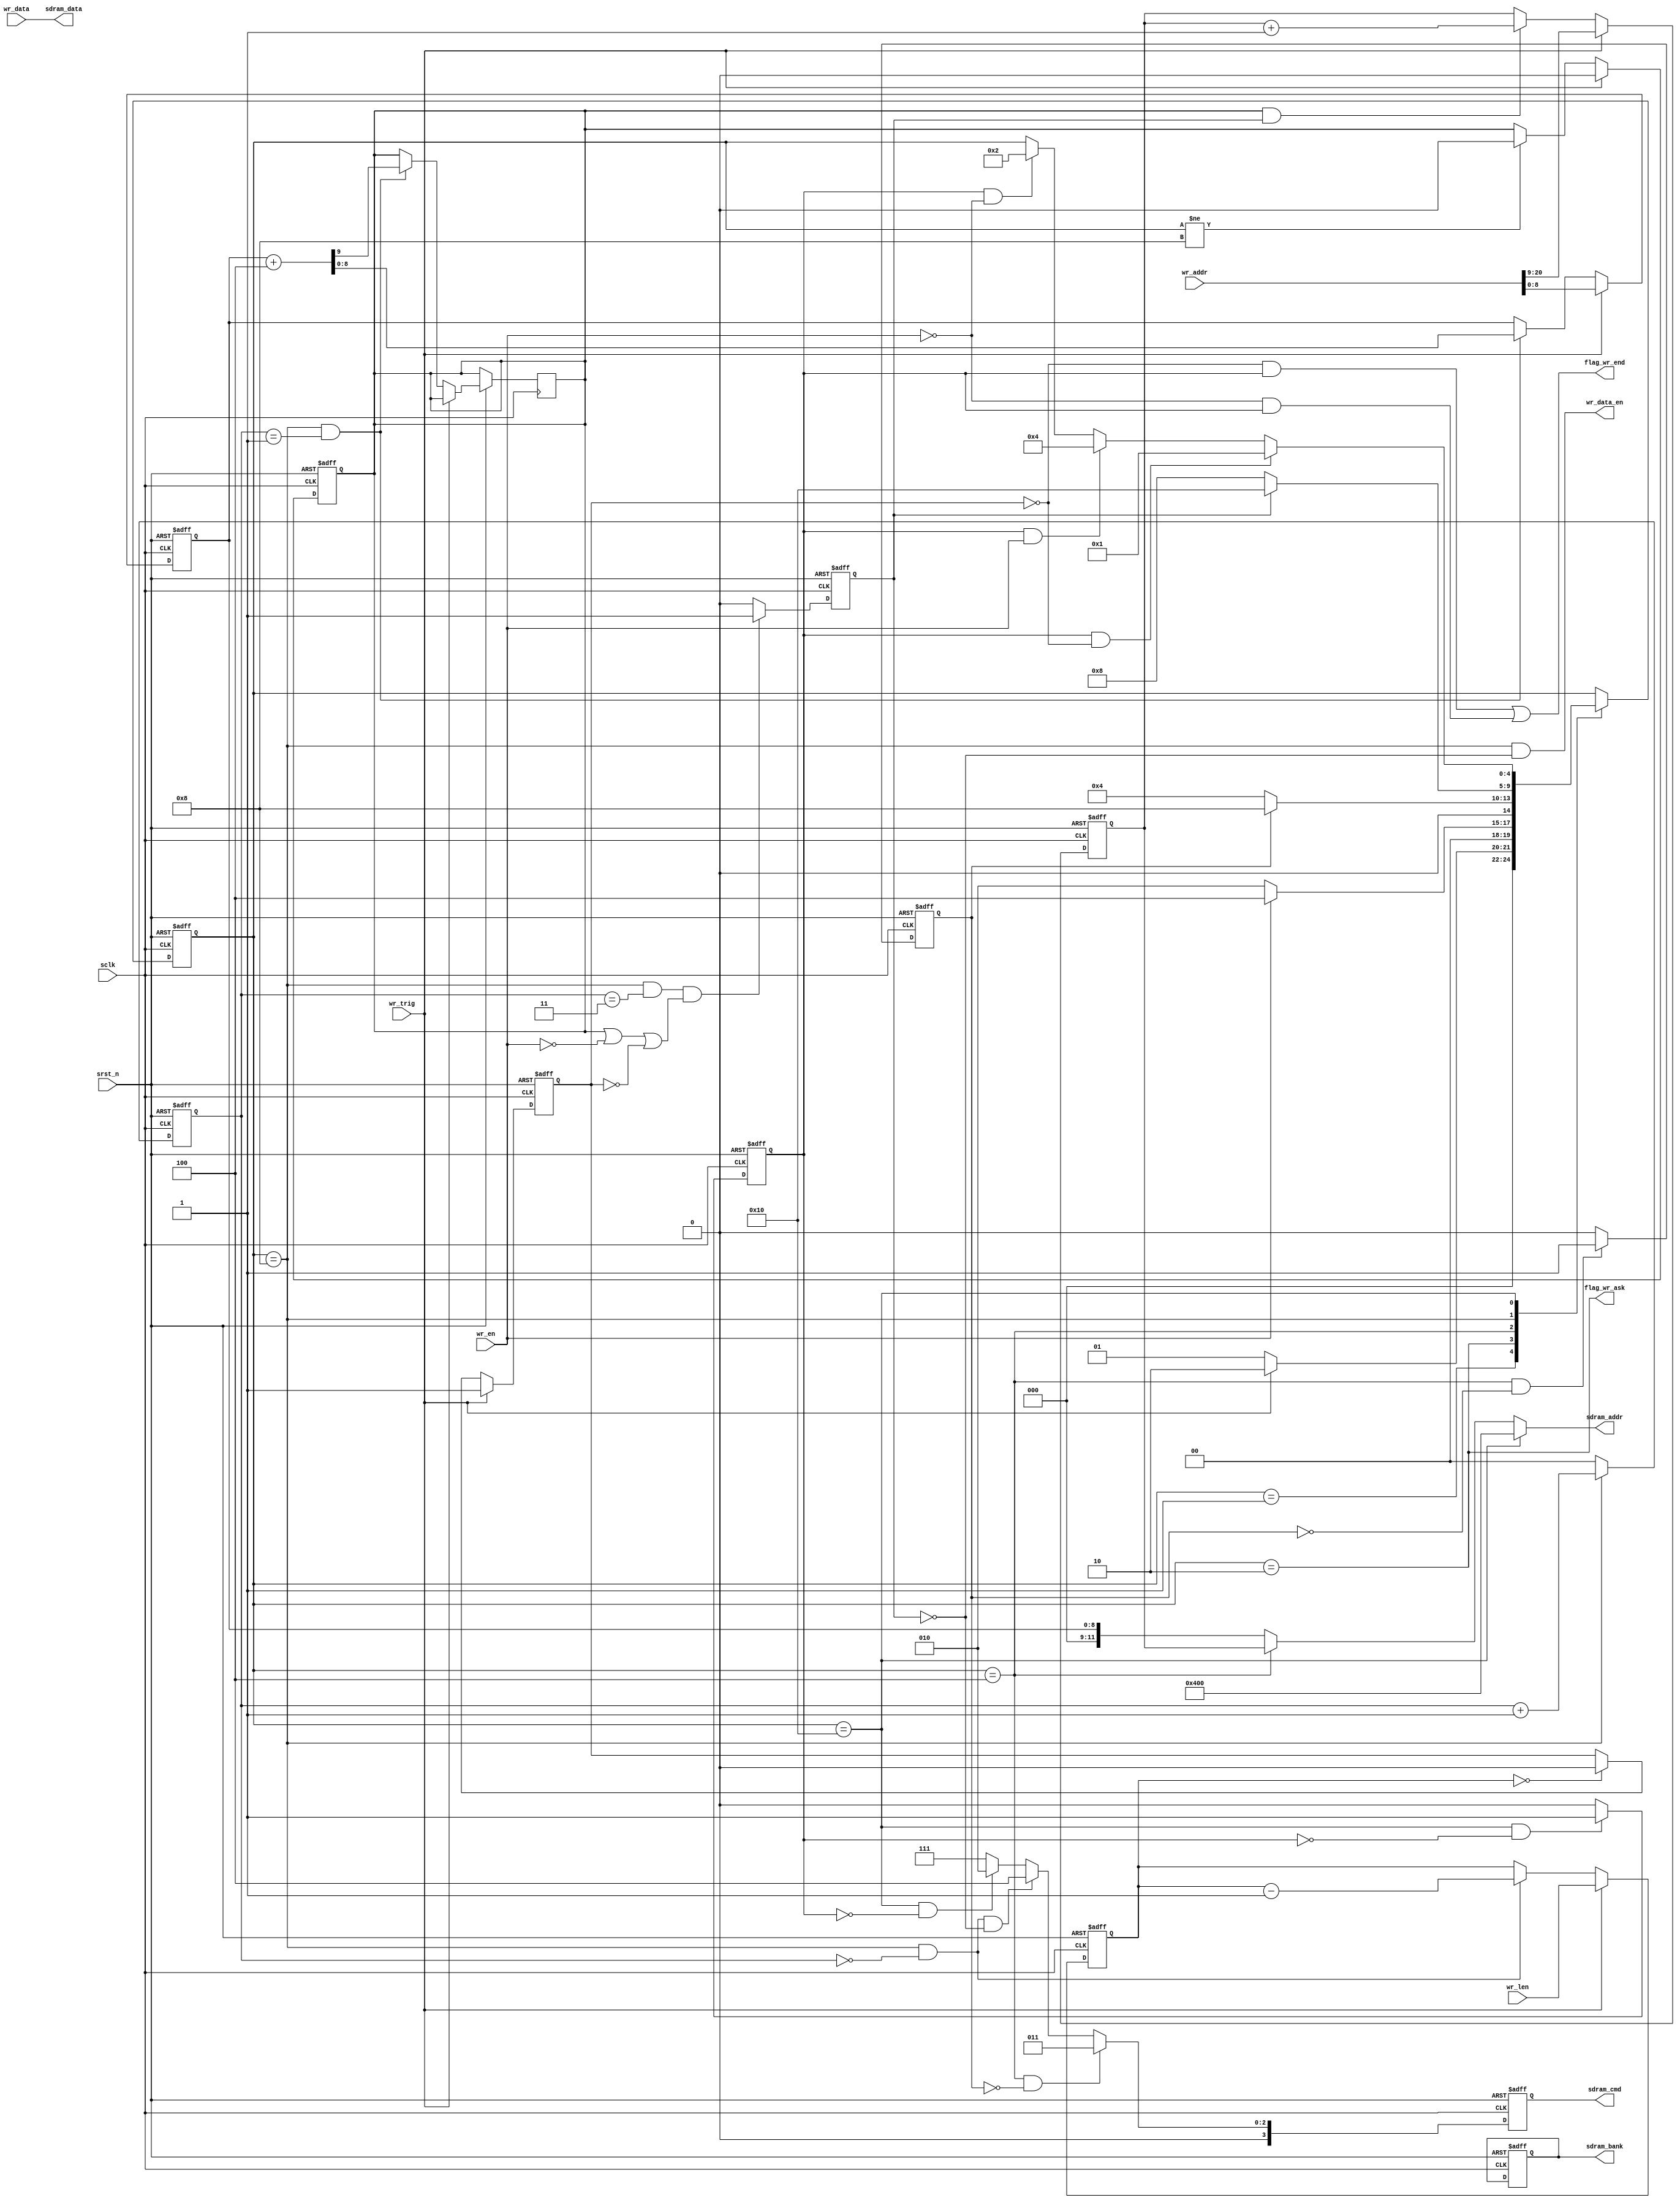
module sdram_write(
    input                   sclk,
    input                   srst_n,
    // Control
    input                   wr_en,
    output                  flag_wr_ask,
    output                  flag_wr_end,
    // Other
    input                   wr_trig,
    input       [ 7:0]      wr_len,
    input       [15:0]      wr_data,
    input       [20:0]      wr_addr,        // 
    output                  wr_data_en,
    output  reg [ 3:0]      sdram_cmd,
    output      [11:0]      sdram_addr,
    output  reg [ 1:0]      sdram_bank,
    output      [15:0]      sdram_data
);

localparam      CMD_NOP =   4'b0111;
localparam      CMD_ACT =   4'b0011;
localparam      CMD_WR  =   4'b0100;
localparam      CMD_PRE =   4'b0010;

localparam      S_IDLE  =   5'b00001;
localparam      S_ASK   =   5'b00010;
localparam      S_ACT   =   5'b00100;
localparam      S_WR    =   5'b01000;
localparam      S_PRE   =   5'b10000;

reg                     flag_wring;
reg                     s_act_end;
reg                     s_pre_end;
reg                     s_wr_end;

reg [ 4:0]              state;
reg                     s_wr_row;
reg [ 1:0]              burst_cnt;
// reg [ 1:0]              burst_cnt_t;
reg [ 7:0]              rem_burst_len;

reg [11:0]              row_addr;
reg [ 8:0]              col_addr;

// State
always @(posedge sclk or negedge srst_n) begin
    if (!srst_n)
        state   <=  S_IDLE;
    else case (state)
        S_IDLE: state   <=  wr_trig ? S_ASK : S_IDLE;
        S_ASK:  state   <=  wr_en ? S_ACT : S_ASK;
        S_ACT:  state   <=  s_act_end ? S_WR : S_ACT;
        S_WR:   state   <=  s_wr_end ? S_PRE : S_WR;
        S_PRE:  begin
            if (s_pre_end && !flag_wring)
                state   <=  S_IDLE;
            else if (s_pre_end && wr_en)
                state   <=  S_ACT;
            else if (s_pre_end && !wr_en)
                state   <=  S_ASK;
        end
        default:    state   <=  state;
    endcase
end

// Internal flag
always @(posedge sclk or negedge srst_n) begin
    if (!srst_n)
        flag_wring  <=  1'b0;
    else if (wr_trig)
        flag_wring  <=  1'b1;
    else if (rem_burst_len == 'd0)
        flag_wring  <=  1'b0;
end

always @(posedge sclk or negedge srst_n) begin
    if (!srst_n)
        s_act_end   <=  1'b0;
    else if (state == S_ACT && s_act_end == 1'b0)
        s_act_end   <=  1'b1;
    else
        s_act_end   <=  1'b0;
end

always @(posedge sclk or negedge srst_n) begin
    if (!srst_n)
        s_pre_end   <=  1'b0;
    else if (state == S_PRE && s_pre_end == 1'b0)
        s_pre_end   <=  1'b1;
    else
        s_pre_end   <=  1'b0;
end

always @(posedge sclk or negedge srst_n) begin
    if (!srst_n)
        s_wr_end    <=  1'b0;
    else if (state == S_WR && burst_cnt == 'd3 &&
        (s_wr_row == 'b1 || wr_en == 'b0 || flag_wring == 'b0))
        s_wr_end    <=  1'b1;
    else
        s_wr_end    <=  1'b0;
end

// Control
assign  flag_wr_ask =   state == S_ASK;
assign  flag_wr_end =   (!flag_wring & s_pre_end) | (!wr_en & s_pre_end);

always @(posedge sclk or negedge srst_n) begin
    if (!srst_n)
        s_wr_row  <=  1'b0;
    else if (wr_trig)
        s_wr_row  <=  1'b0;
    else if (state != S_WR)
        s_wr_row  <=  1'b0;
end

always @(posedge sclk or negedge srst_n) begin
    if (!srst_n)
        burst_cnt   <=  'b0;
    else if (state  ==  S_WR)
        burst_cnt   <=  burst_cnt + 1'b1;
    else
        burst_cnt   <=  'b0;
end

// always @(posedge sclk) begin
//     burst_cnt_t     <=  burst_cnt;
// end

always @(posedge sclk or negedge srst_n) begin
    if (!srst_n)
        rem_burst_len   <=  'b0;
    else if (wr_trig)
        rem_burst_len   <=  wr_len;
    else if (state == S_WR && burst_cnt == 'b0)
        rem_burst_len   <=  rem_burst_len - 1'b1;
end

// Other
assign  sdram_addr  =   (state == S_PRE) ? 12'b0100_0000_0000 :
                        (state == S_ACT) ? row_addr : col_addr;
assign  sdram_data  =   wr_data;
assign  wr_data_en  =   state == S_WR && !s_wr_end;
// always @(posedge sclk or negedge srst_n) begin
//     if (!srst_n)
//         wr_data_en  <=  1'b0;
//     else if (state == S_WR && !s_wr_end)
//         wr_data_en  <=  1'b1;
//     else
//         wr_data_en  <=  1'b0;
// end

always @(posedge sclk or negedge srst_n) begin
    if (!srst_n)
        sdram_cmd   <=  CMD_NOP;
    else if (state == S_ACT && !s_act_end)
        sdram_cmd   <=  CMD_ACT;
    else if (state == S_WR && burst_cnt == 'd0 && !s_wr_end)
        sdram_cmd   <=  CMD_WR;
    else if (state == S_PRE && !s_pre_end)
        sdram_cmd   <=  CMD_PRE;
    else
        sdram_cmd   <=  CMD_NOP;
end

always @(posedge sclk or negedge srst_n) begin
    if (!srst_n)
        sdram_bank  <=  'b0;
end

always @(posedge sclk or negedge srst_n) begin
    if (!srst_n)
        row_addr    <=  'b0;
    else if (wr_trig)
        row_addr    <=  wr_addr[20:9];
    else if (s_wr_row && s_wr_end)
        row_addr    <=  row_addr + 1'b1;
end

always @(posedge sclk or negedge srst_n) begin
    if (!srst_n)
        col_addr    <=  'b0;
    else if (wr_trig)
        col_addr    <=  wr_addr[8:0];
    else if (state == S_WR && burst_cnt == 'd1)
        {s_wr_row, col_addr}    <=  {1'b0, col_addr} + 'd4;
end

endmodule //sdram_write